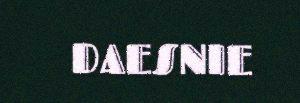
DAESNIE